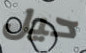
حيل